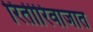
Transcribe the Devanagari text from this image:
रितीरिवाजात